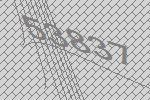
53837